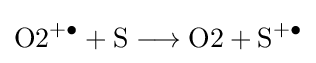
{{\text{O2}}{\vphantom {A}}^{+\bullet }{}+{}\mathrm {S} {}\mathrel {\longrightarrow } {}{\text{O2}}{}+{}\mathrm {S} {\vphantom {A}}^{+\bullet }}